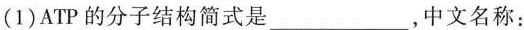
(1)ATP的分子结构简式是___，中文名称：